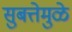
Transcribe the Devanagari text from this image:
सुबत्तेमुळे